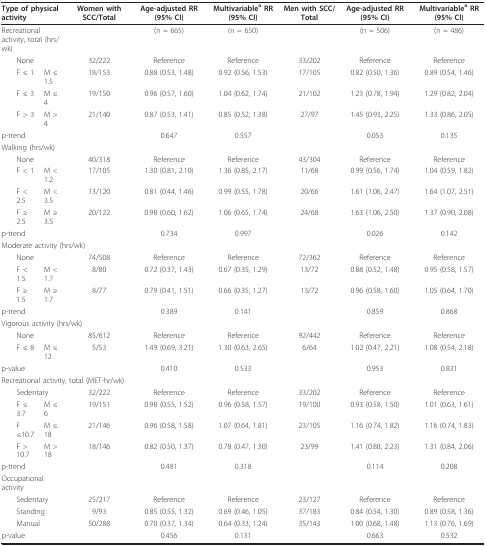
<table><thead><tr><td colspan="2"><b>Type of physical activity</b></td><td><b>Women with SCC/Total</b></td><td><b>Age-adjusted RR (95% CI)</b></td><td><b>Multivariable<sup>a </sup>RR (95% CI)</b></td><td><b>Men with SCC/Total</b></td><td><b>Age-adjusted RR (95% CI)</b></td><td><b>Multivariable<sup>a </sup>RR (95% CI)</b></td></tr></thead><tbody><tr><td colspan="2">Recreational activity, total (hrs/wk)</td><td></td><td>(n = 665)</td><td>(n = 650)</td><td></td><td>(n = 506)</td><td>(n = 486)</td></tr><tr><td colspan="2"> None</td><td>32/222</td><td>Reference</td><td>Reference</td><td>33/202</td><td>Reference</td><td>Reference</td></tr><tr><td> F ≤ 1</td><td>M ≤ 1.5</td><td>18/153</td><td>0.88 (0.53, 1.48)</td><td>0.92 (0.56, 1.53)</td><td>17/105</td><td>0.82 (0.50, 1.36)</td><td>0.89 (0.54, 1.46)</td></tr><tr><td> F ≤ 3</td><td>M ≤ 4</td><td>19/150</td><td>0.96 (0.57, 1.60)</td><td>1.04 (0.62, 1.74)</td><td>21/102</td><td>1.23 (0.78, 1.94)</td><td>1.29 (0.82, 2.04)</td></tr><tr><td> F &gt; 3</td><td>M &gt; 4</td><td>21/140</td><td>0.87 (0.53, 1.41)</td><td>0.85 (0.52, 1.38)</td><td>27/97</td><td>1.45 (0.93, 2.25)</td><td>1.33 (0.86, 2.05)</td></tr><tr><td colspan="2">p-trend</td><td></td><td>0.647</td><td>0.557</td><td></td><td>0.053</td><td>0.135</td></tr><tr><td colspan="2">Walking (hrs/wk)</td><td></td><td></td><td></td><td></td><td></td><td></td></tr><tr><td colspan="2"> None</td><td>40/318</td><td>Reference</td><td>Reference</td><td>43/304</td><td>Reference</td><td>Reference</td></tr><tr><td> F &lt; 1</td><td>M &lt; 1.2</td><td>17/105</td><td>1.30 (0.81, 2.10)</td><td>1.36 (0.85, 2.17)</td><td>11/68</td><td>0.99 (0.56, 1.74)</td><td>1.04 (0.59, 1.82)</td></tr><tr><td> F &lt; 2.5</td><td>M &lt; 3.5</td><td>13/120</td><td>0.81 (0.44, 1.46)</td><td>0.99 (0.55, 1.78)</td><td>20/66</td><td>1.61 (1.06, 2.47)</td><td>1.64 (1.07, 2.51)</td></tr><tr><td> F ≥ 2.5</td><td>M ≥ 3.5</td><td>20/122</td><td>0.98 (0.60, 1.62)</td><td>1.06 (0.65, 1.74)</td><td>24/68</td><td>1.63 (1.06, 2.50)</td><td>1.37 (0.90, 2.08)</td></tr><tr><td colspan="2">p-trend</td><td></td><td>0.734</td><td>0.997</td><td></td><td>0.026</td><td>0.142</td></tr><tr><td colspan="8">Moderate activity (hrs/wk)</td></tr><tr><td colspan="2"> None</td><td>74/508</td><td>Reference</td><td>Reference</td><td>72/362</td><td>Reference</td><td>Reference</td></tr><tr><td> F &lt; 1.5</td><td>M &lt; 1.7</td><td>8/80</td><td>0.72 (0.37, 1.43)</td><td>0.67 (0.35, 1.29)</td><td>13/72</td><td>0.88 (0.52, 1.48)</td><td>0.95 (0.58, 1.57)</td></tr><tr><td> F ≥ 1.5</td><td>M ≥ 1.7</td><td>8/77</td><td>0.79 (0.41, 1.51)</td><td>0.66 (0.35, 1.27)</td><td>13/72</td><td>0.96 (0.58, 1.60)</td><td>1.05 (0.64, 1.70)</td></tr><tr><td colspan="2">p-trend</td><td></td><td>0.389</td><td>0.141</td><td></td><td>0.859</td><td>0.868</td></tr><tr><td colspan="8">Vigorous activity (hrs/wk)</td></tr><tr><td colspan="2"> None</td><td>85/612</td><td>Reference</td><td>Reference</td><td>92/442</td><td>Reference</td><td>Reference</td></tr><tr><td> F ≤ 8</td><td>M ≤ 12</td><td>5/53</td><td>1.49 (0.69, 3.21)</td><td>1.30 (0.63, 2.65)</td><td>6/64</td><td>1.02 (0.47, 2.21)</td><td>1.08 (0.54, 2.18)</td></tr><tr><td colspan="2">p-value</td><td></td><td>0.410</td><td>0.533</td><td></td><td>0.953</td><td>0.831</td></tr><tr><td colspan="8">Recreational activity, total (MET-hr/wk)</td></tr><tr><td colspan="2"> Sedentary</td><td>32/222</td><td>Reference</td><td>Reference</td><td>33/202</td><td>Reference</td><td>Reference</td></tr><tr><td> F ≤ 3.7</td><td>M ≤ 6</td><td>19/151</td><td>0.98 (0.55, 1.52)</td><td>0.96 (0.58, 1.57)</td><td>19/100</td><td>0.93 (0.58, 1.50)</td><td>1.01 (0.63, 1.61)</td></tr><tr><td> F ≤10.7</td><td>M ≤ 18</td><td>21/146</td><td>0.96 (0.58, 1.58)</td><td>1.07 (0.64, 1.81)</td><td>23/105</td><td>1.16 (0.74, 1.82)</td><td>1.16 (0.74, 1.83)</td></tr><tr><td> F &gt; 10.7</td><td>M &gt; 18</td><td>18/146</td><td>0.82 (0.50, 1.37)</td><td>0.78 (0.47, 1.30)</td><td>23/99</td><td>1.41 (0.88, 2.23)</td><td>1.31 (0.84, 2.06)</td></tr><tr><td colspan="2">p-trend</td><td></td><td>0.481</td><td>0.318</td><td></td><td>0.114</td><td>0.208</td></tr><tr><td colspan="2">Occupational activity</td><td></td><td></td><td></td><td></td><td></td><td></td></tr><tr><td colspan="2"> Sedentary</td><td>25/217</td><td>Reference</td><td>Reference</td><td>23/127</td><td>Reference</td><td>Reference</td></tr><tr><td colspan="2"> Standing</td><td>9/93</td><td>0.85 (0.55, 1.32)</td><td>0.69 (0.46, 1.05)</td><td>37/183</td><td>0.84 (0.54, 1.30)</td><td>0.89 (0.58, 1.36)</td></tr><tr><td colspan="2"> Manual</td><td>50/288</td><td>0.70 (0.37, 1.34)</td><td>0.64 (0.33, 1.24)</td><td>35/143</td><td>1.00 (0.68, 1.48)</td><td>1.13 (0.76, 1.69)</td></tr><tr><td colspan="2">p-value</td><td></td><td>0.456</td><td>0.131</td><td></td><td>0.663</td><td>0.532</td></tr></tbody></table>